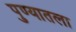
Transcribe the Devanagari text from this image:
पुण्यातला